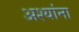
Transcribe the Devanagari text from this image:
अश्यांना